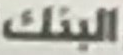
البنك